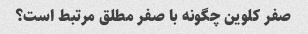
صفر کلوین چگونه با صفر مطلق مرتبط است؟